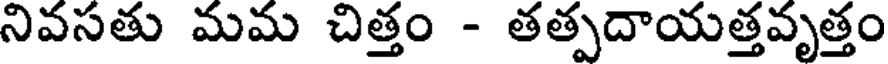
నివసతు మమ చిత్తం - తత్పదాయత్తవృత్తం